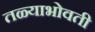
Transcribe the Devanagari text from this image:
तळ्याभोवती